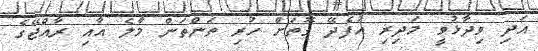
އަދި ވިދާޅުވީ މަދިރި އުފެދޭ ގޮތަށް ހުރި ތަންތަން މާލެ އާއި ރާއްޖޭގެ